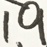
1 . 9